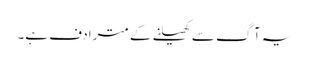
یہ آگ سے کھیلنے کے مترادف ہے۔